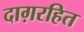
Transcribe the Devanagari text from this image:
दाग़रहित